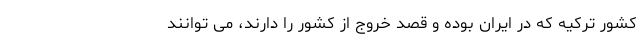
کشور ترکیه که در ایران بوده و قصد خروج از کشور را دارند، می توانند